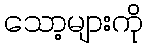
သော့များကို